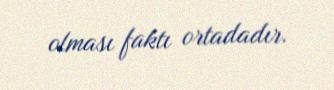
olması faktı ortadadır.